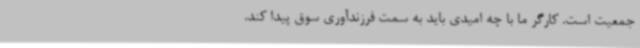
جمعیت است. کارگر ما با چه امیدی باید به سمت فرزندآوری سوق پیدا کند.